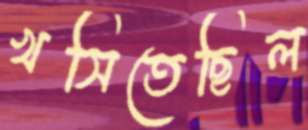
খসিতেছিল